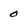
Character: 0